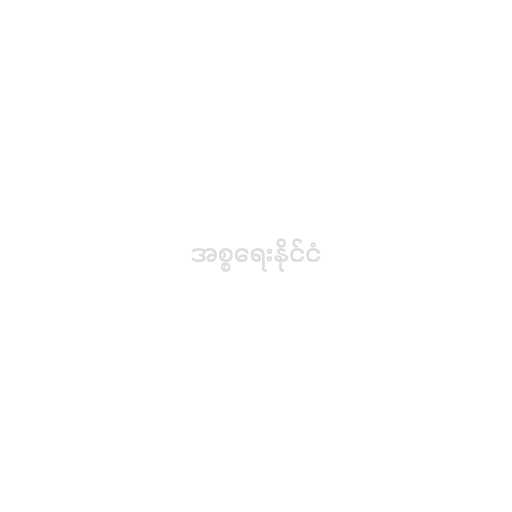
အစ္စရေးနိုင်ငံ